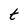
Character: t